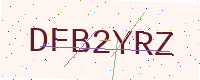
Text: DFB2YRZ